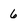
Character: 6